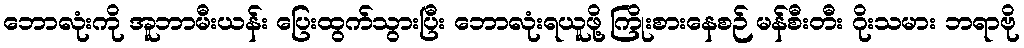
ဘောလုံးကို အူဘာမီးယန်း ပြေးထွက်သွားပြီး ဘောလုံးရယူဖို့ ကြိုးစားနေစဉ် မန်စီးတီး ဂိုးသမား ဘရာဗို